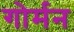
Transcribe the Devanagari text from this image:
गोर्मन